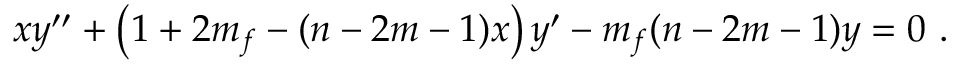
x y ^ { \prime \prime } + \left( 1 + 2 m _ { f } - ( n - 2 m - 1 ) x \right) y ^ { \prime } - m _ { f } ( n - 2 m - 1 ) y = 0 ~ .